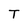
Character: T